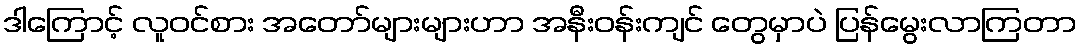
ဒါကြောင့် လူဝင်စား အတော်များများဟာ အနီးဝန်းကျင် တွေမှာပဲ ပြန်မွေးလာကြတာ